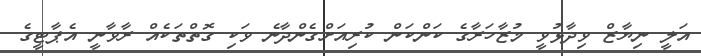
އަލީ ނިޔާޒް ވިދާޅުވީ މުޒާހަރާގެ ކަންކަން ކުރިއަށްގެންދާނެ ވަކި ގޮތްތަކެއް ރާވާނީ އެޕާޓީގެ